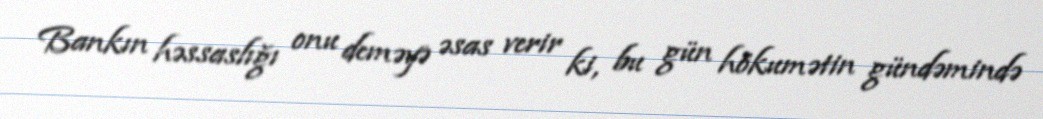
Bankın həssaslığı onu deməyə əsas verir ki, bu gün hökumətin gündəmində